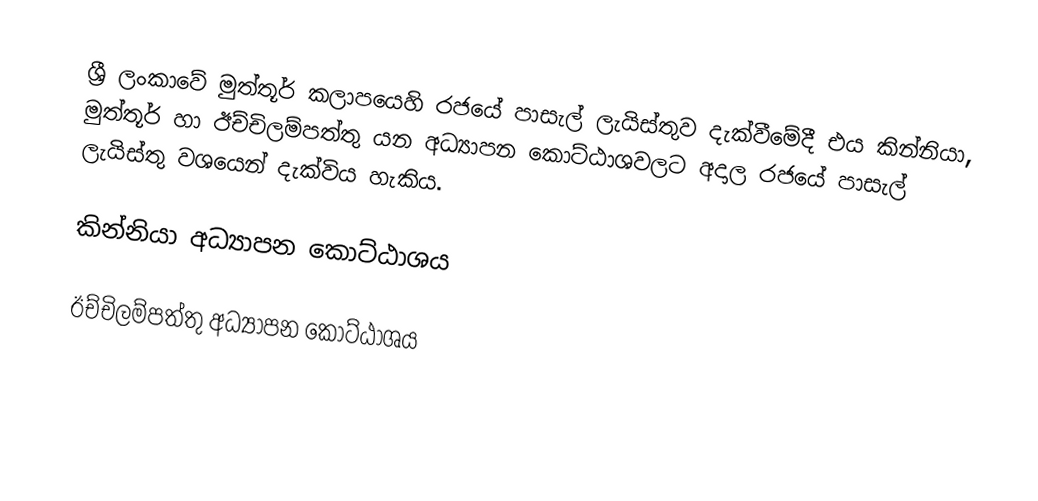
ශ්‍රී ලංකාවේ මුත්තූර් කලාපයෙහි රජයේ පාසැල් ලැයිස්තුව  දැක්වීමේදී  එය කින්නියා, මුත්තූර් හා ඊච්චිලම්පත්තු යන අධ්‍යාපන කොට්ඨාශවලට අදාල රජයේ පාසැල් ලැයිස්තු වශයෙන් දැක්විය හැකිය.

කින්නියා අධ්‍යාපන කොට්ඨාශය

ඊච්චිලම්පත්තු අධ්‍යාපන කොට්ඨාශය